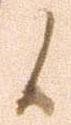
候